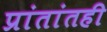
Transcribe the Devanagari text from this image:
प्रांतांतही